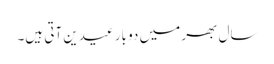
سال بھر میں دو بار عیدین آتی ہیں۔